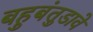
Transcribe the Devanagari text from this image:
बहुबंतुडावे